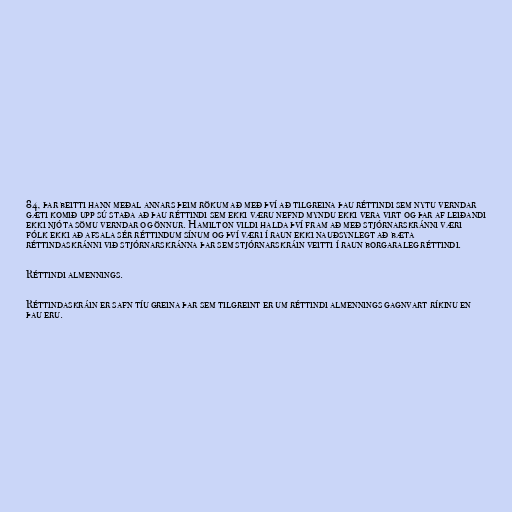
84, þar beitti hann meðal annars þeim rökum að með því að tilgreina þau réttindi sem nytu verndar
gæti komið upp sú staða að þau réttindi sem ekki væru nefnd myndu ekki vera virt og þar af leiðandi
ekki njóta sömu verndar og önnur. Hamilton vildi halda því fram að með stjórnarskránni væri
fólk ekki að afsala sér réttindum sínum og því væri í raun ekki nauðsynlegt að bæta
réttindaskránni við stjórnarskránna þar sem stjórnarskráin veitti í raun borgaraleg réttindi.

Réttindi almennings.

Réttindaskráin er safn tíu greina þar sem tilgreint er um réttindi almennings gagnvart ríkinu en
þau eru.